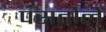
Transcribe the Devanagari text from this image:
पसतोलें